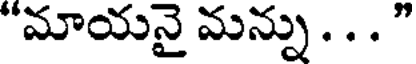
"మాయనై మన్ను . . . "